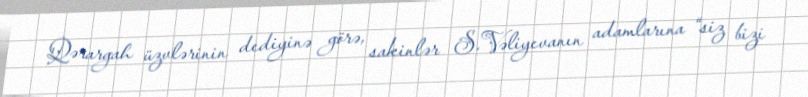
Qərargah üzvlərinin dediyinə görə, sakinlər S.Vəliyevanın adamlarına “siz bizi